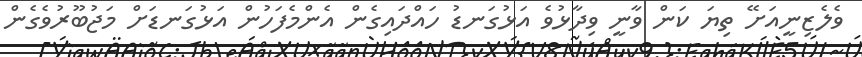
ވެލެޒިނީއަށޭ ތިޔަ ކަން ވާނީ ވިދާޅުވެ އަޅުގަނޑު ހައްދައިގެން އެންމެފަހުން އަޅުގަނޑަށް މަޖުބޫރުވެގެން